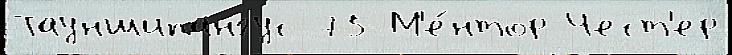
Тауншипангус 75 М'е́нтор Чест'ер